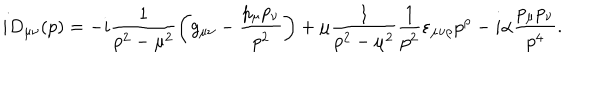
LaTeX: i D _ { \mu \nu } ( p ) = - i \frac { 1 } { p ^ { 2 } - \mu ^ { 2 } } \left( g _ { \mu \nu } - \frac { p _ { \mu } p _ { \nu } } { p ^ { 2 } } \right) + \mu \frac { 1 } { p ^ { 2 } - \mu ^ { 2 } } \frac { 1 } { p ^ { 2 } } \varepsilon _ { \mu \nu \rho } p ^ { \rho } - i \alpha \frac { p _ { \mu } p _ { \nu } } { p ^ { 4 } } .